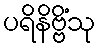
ပရိနိဗ္ဗိံသု